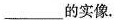
___的实像.